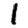
Digit: 1